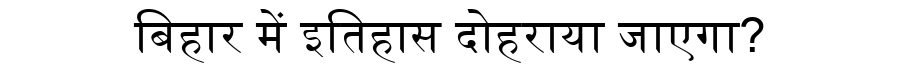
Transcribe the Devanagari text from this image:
बिहार में इतिहास दोहराया जाएगा?